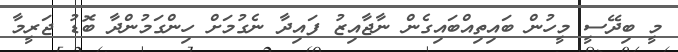
މީ ބިދޭސީ މީހުން ބައިތިއްބައިގެން ނާޖާއިޒު ފައިދާ ނެގުމަށް ހިންގަމުންދާ ބޮޑު ޖަރީމާ